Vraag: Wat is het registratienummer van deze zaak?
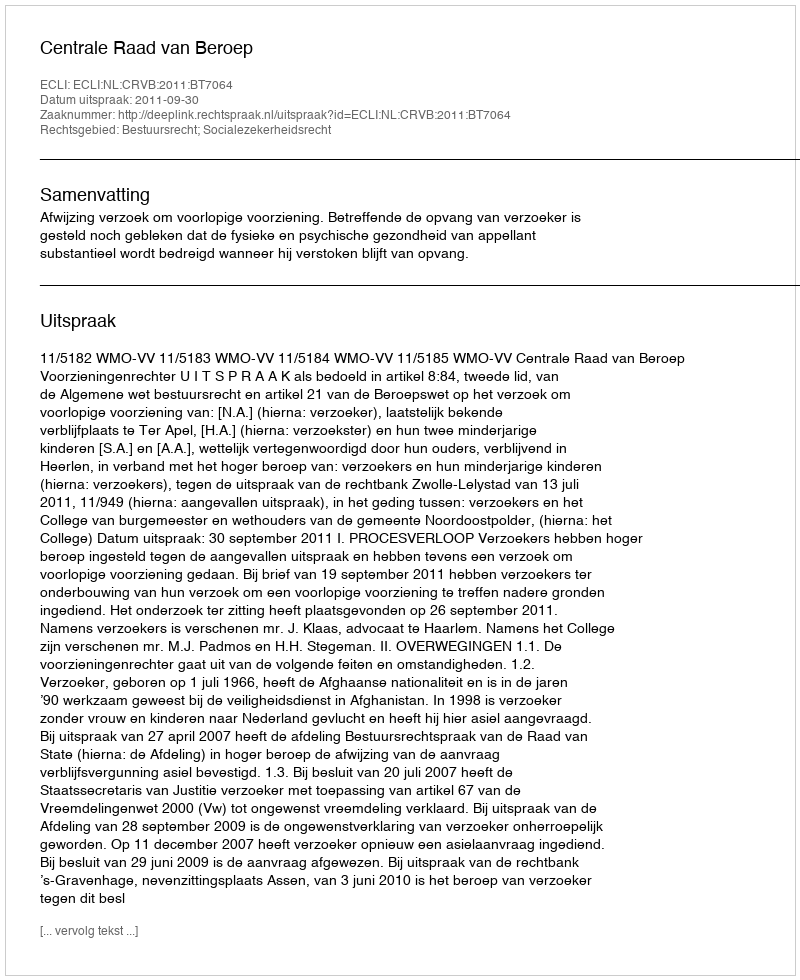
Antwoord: http://deeplink.rechtspraak.nl/uitspraak?id=ECLI:NL:CRVB:2011:BT7064